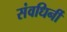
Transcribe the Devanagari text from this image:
संवधिर्नी